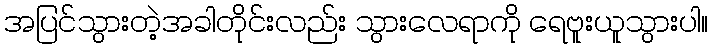
အပြင်သွားတဲ့အခါတိုင်းလည်း သွားလေရာကို ရေဗူးယူသွားပါ။